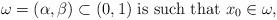
LaTeX: \begin{align*}\omega=(\alpha,\beta) \subset (0,1) \mbox{ is such that $x_0 \in\omega$},\end{align*}